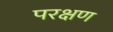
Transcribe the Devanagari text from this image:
परक्षण